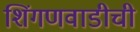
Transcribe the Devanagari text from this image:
शिंगणवाडीची